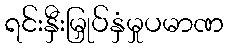
ရင်းနှီးမြှုပ်နှံမှုပမာဏ